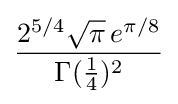
{\frac {2^{5/4}{\sqrt {\pi }}\,e^{\pi /8}}{\Gamma ({\frac {1}{4}})^{2}}}